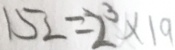
1 5 2 = 2 ^ { 3 } \times 1 9